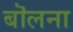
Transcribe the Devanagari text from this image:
बॊलना